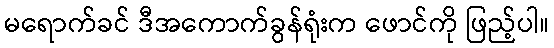
မရောက်ခင် ဒီအကောက်ခွန်ရုံးက ဖောင်ကို ဖြည့်ပါ။